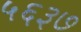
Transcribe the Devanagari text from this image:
५६३७